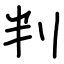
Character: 判